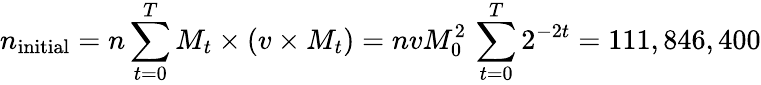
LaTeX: n_{\mathrm{{initial}}}=n\sum_{t=0}^{T}M_{t}\times(v\times M_{t})=nvM_{0}^{2}\, \sum_{t=0}^{T}2^{-2t}=111,846,400